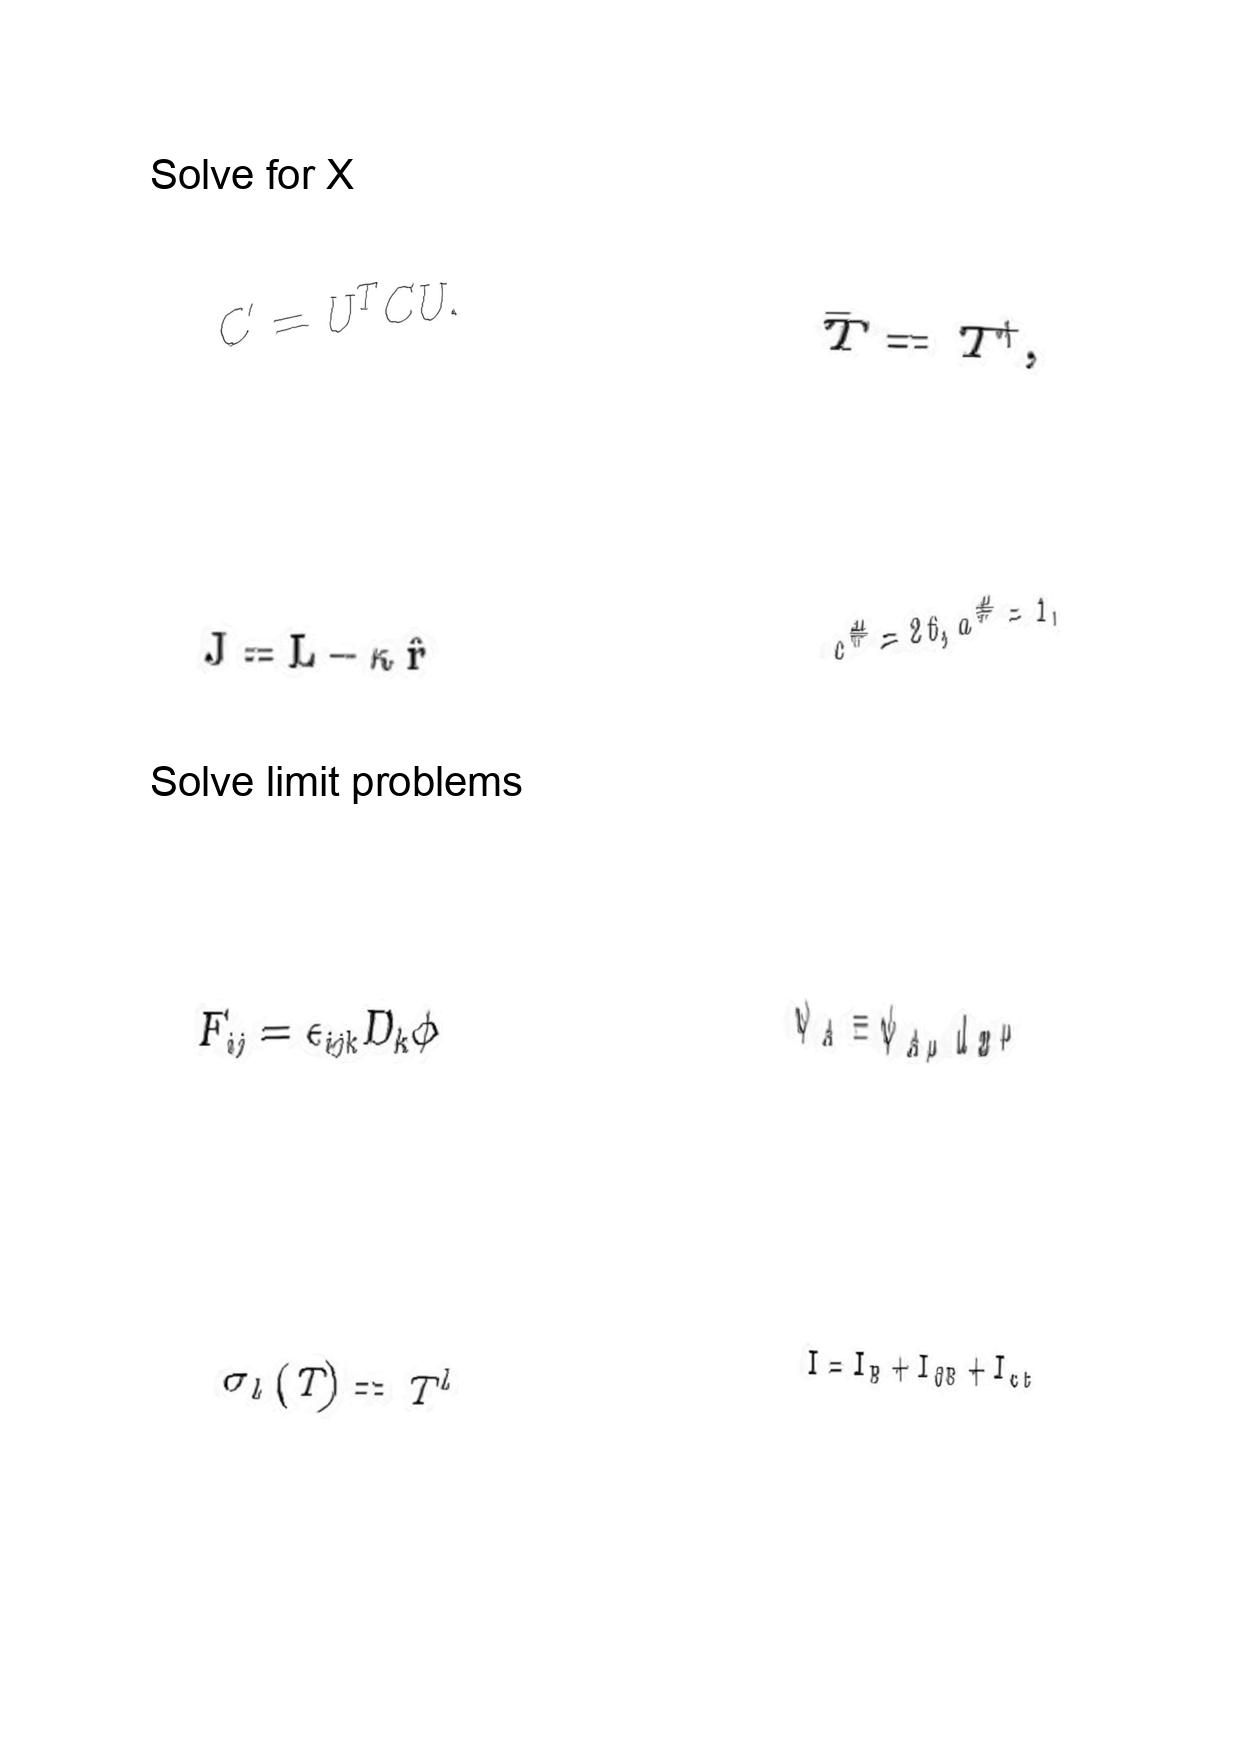
LaTeX transcription:
C ^ { \prime } = U ^ { T } C U .
J = L - \kappa \hat { r }
F _ { i j } = \epsilon _ { i j k } D _ { k } \phi
\sigma _ { l } \lparen T \rparen = T ^ { l }
\bar { T } = T ^ { \dagger } ,
c ^ { \# } = 2 6 , a ^ { \# } = 1 ,
\psi _ { A } \equiv \psi _ { A \mu } d x ^ { \mu }
I = I _ { B } + I _ { \partial B } + I _ { c t }